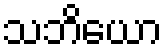
သဘိယော